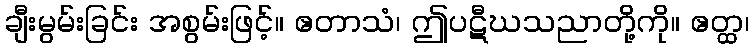
ချီးမွမ်းခြင်း အစွမ်းဖြင့်။ ဧတာသံ၊ ဤပဋီဃသညာတို့ကို။ ဧတ္ထ၊